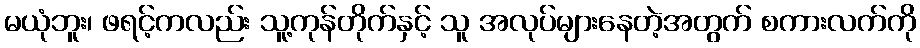
မယုံဘူး၊ ဖရင့်ကလည်း သူ့ကုန်တိုက်နှင့် သူ အလုပ်များနေတဲ့အတွက် စကားလက်ကို